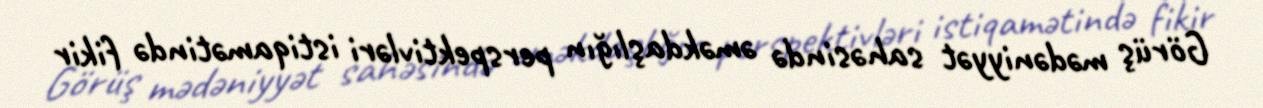
Görüş mədəniyyət sahəsində əməkdaşlığın perspektivləri istiqamətində fikir